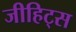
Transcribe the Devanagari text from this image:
जीहिट्स